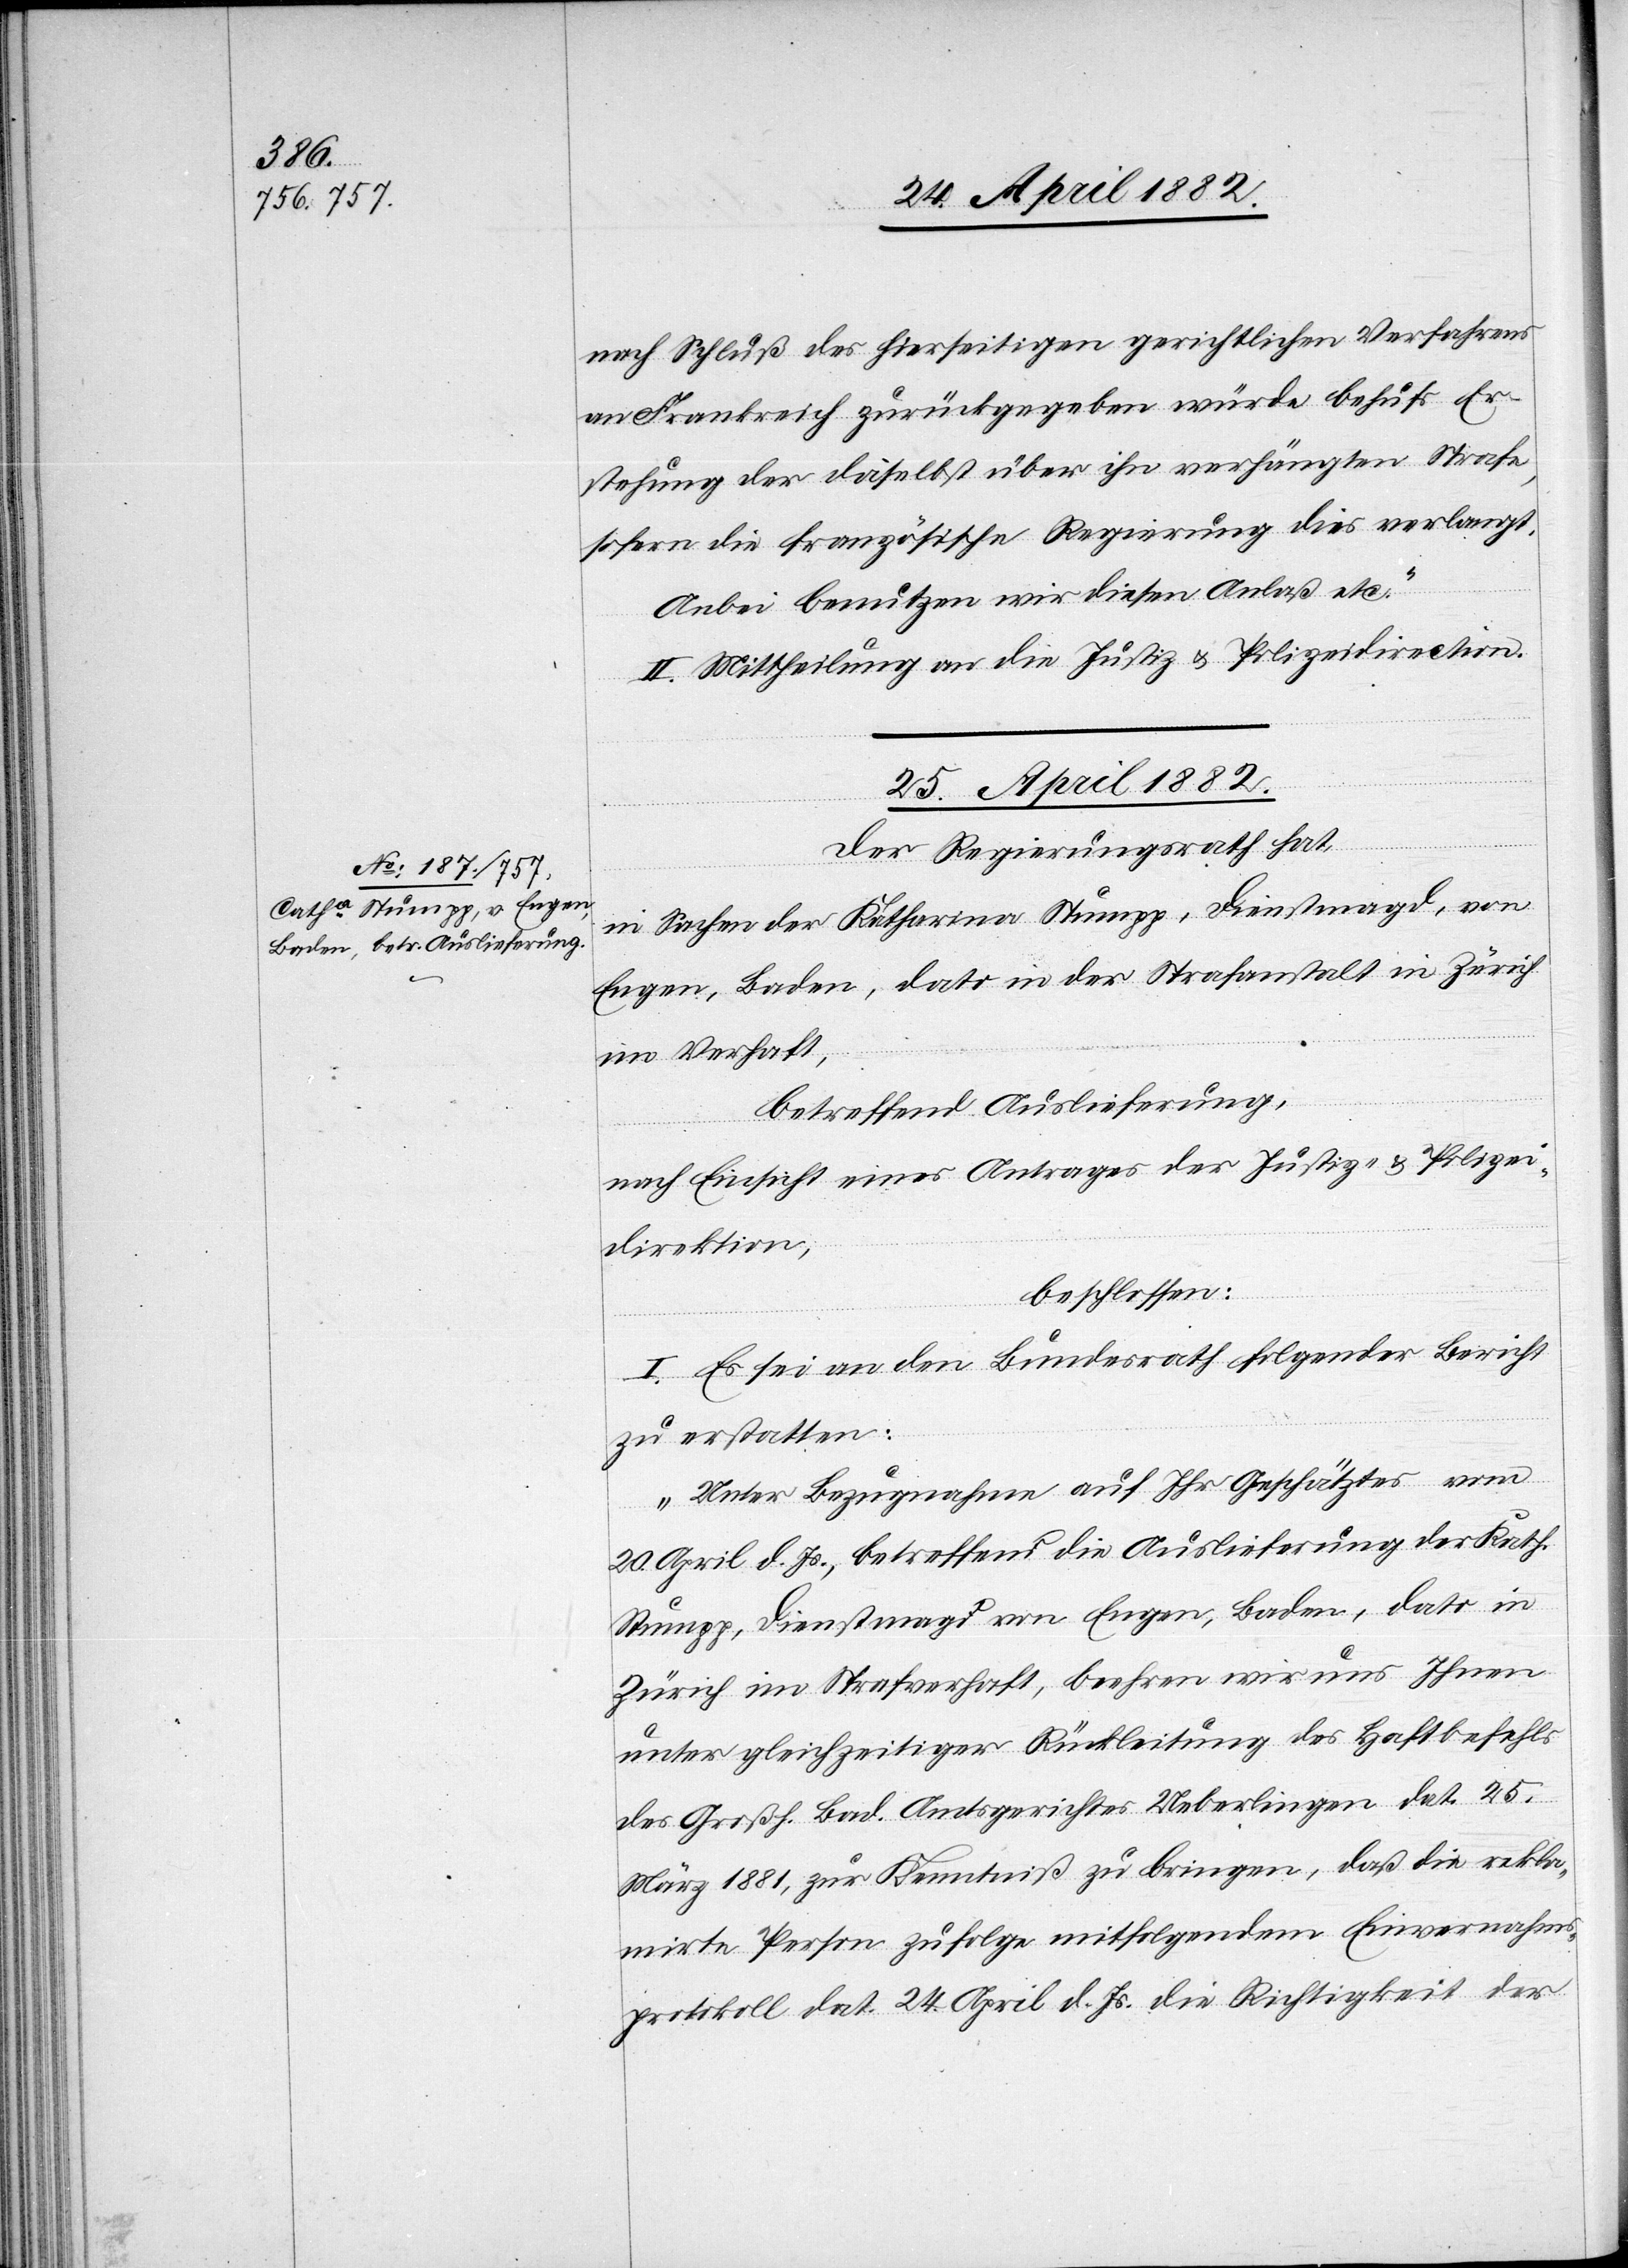
nach Schluß des hierseitigen gerichtlichen Verfahrens
an Frankreich zurückgegeben werde behufs Er¬
stehung der daselbst über ihn verhängten Strafe,
sofern die französische Regierung dies verlangt.
II. Mittheilung an die Justiz- & Polizeidirection.
25. April 1882.
Der Regierungsrath hat,
in Sachen der Katharina Stumpp, Dienstmagd, von
Engen, Baden, dato in der Strafanstalt in Zürich
im Verhaft,
betreffend Auslieferung,
nach Einsicht eines Antrages der Justiz- & Polizei¬
direktion,
beschlossen:
I. Es sei an den Bundesrath folgender Bericht
zu erstatten:
„Unter Bezugnahme auf Ihr Geschätztes vom
20. April d. Js., betreffend die Auslieferung der Kath.
Stumpp, Dienstmagd von Engen, Baden, dato in
Zürich im Strafverhaft, beehren wir uns Ihnen
unter gleichzeitiger Rückleitung des Haftbefehls
des Großh. Bad. Amtsgerichtes Ueberlingen dat. 25.
März 1881, zur Kenntniß zu bringen, daß die rekla¬
mirte Person zufolge mitfolgendem Einvernahms¬
protokoll dat. 24. April d. Js. die Richtigkeit der